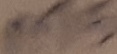
Text: M5